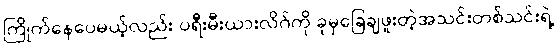
ကြိုက်နေပေမယ့်လည်း ပရီးမီးယားလိဂ်ကို ခုမှခြေချဖူးတဲ့အသင်းတစ်သင်းရဲ့